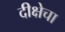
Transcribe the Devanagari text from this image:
दीक्षेचा